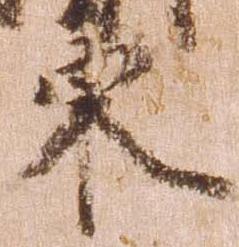
東